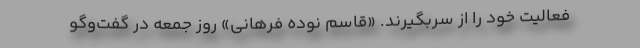
فعالیت خود را از سربگیرند. «قاسم نوده فرهانی» روز جمعه در گفت‌وگو